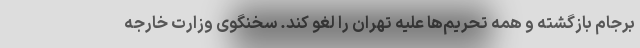
برجام بازگشته و همه تحریم‌ها علیه تهران را لغو کند. سخنگوی وزارت خارجه